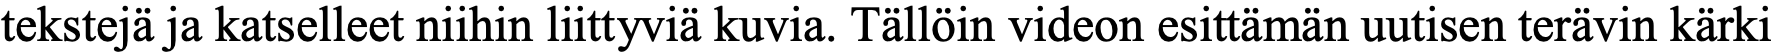
tekstejä ja katselleet niihin liittyviä kuvia. Tällöin videon esittämän uutisen terävin kärki